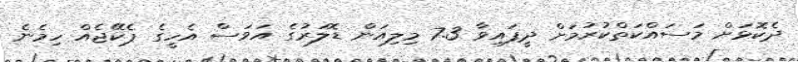
ދެކޮޅަށް މަސައްކަތްކުރުމަށް ދީފައިވާ 7.3 މިލިއަން ޑޮލަރުގެ އަވަސް އެހީގެ ޕެކޭޖެއް ހިމެނެ